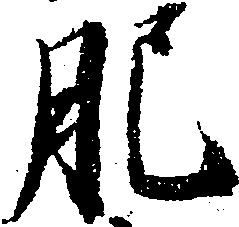
肥